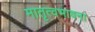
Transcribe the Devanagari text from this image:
मातृत्वभावना